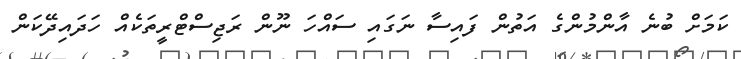
ކަމަށް ބުނެ އާންމުންގެ އަތުން ފައިސާ ނަގައި ސައްހަ ނޫން ރަޖިސްޓްރީތަކެއް ހަދައިދޭކަން